Report of the Municipal Commissioner on the plague in Bombay for the year ending 31st May... - Volume 2
Disease focus: Plague
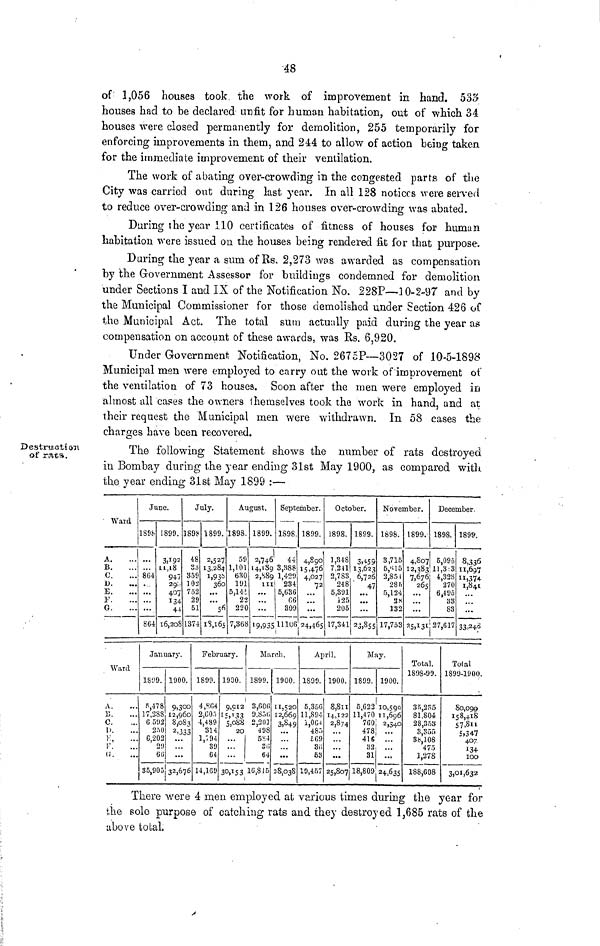
48
of 1,056 houses took the work of improvement in hand. 533
houses had to be declared unfit for human habitation, out of which 34
houses were closed permanently for demolition, 255 temporarily for
enforcing improvements in them, and 244 to allow of action being taken
for the immediate improvement of their ventilation.
The work of abating over-crowding in the congested parts of the
City was carried out during last year. In all 128 notices were served
to reduce over-crowding and in 126 houses over-crowding was abated.
During the year 110 certificates of fitness of houses for human
habitation were issued on the houses being rendered fit for that purpose.
During the year a sum of Rs. 2,273 was awarded as compensation
by the Government Assessor for buildings condemned for demolition
under Sections I and IX of the Notification No. 228P—10-2-97 and by
the Municipal Commissioner for those demolished under Section 426 of
the Municipal Act. The total sum actually paid during the year as
compensation on account of these awards, was Rs. 6,920.
Under Government Notification, No. 2675P—3027 of 10-5-1898
Municipal men were employed to carry out the work of improvement of
the ventilation of 73 houses. Soon after the men were employed in
almost all cases the owners themselves took the work in hand, and at
their request the Municipal men were withdrawn. In 58 cases the
charges have been recovered.
Destruct ion
of rats.
The following Statement shows the number of rats destroyed
in Bombay during the year ending 31st May 1900, as compared with
the year ending 31st May 1899 :—
Ward
A.
B.
0.
1).
E.
l·'.
G.
Ward
A.
li.
C.
l>.
K,
r.
u.
June.
1898.
...
864
...
804
1899.
3,192
11,18
947
29;,
407
134
44
16,208
July.
1898
48
83
359
102
752
29
51
1374
January,
1809.
R,478
17,288
6 592
250
6,202
21)
CD
35,905
1900.
9,300
12,960
8,083
2 =333
:::
32,675
1899.
2,527
13.284
i,93i>
360
"'s*
18,165
August.
1898.
59
1,101
680
191
5,14:
22
220
7,368
February.
1899.
4,S(54
2,605
4,489
314
1,794
89
64
14,160
1900.
I
9.CI2
i*¿33
5,088
20
30,153 ι
1899.
2,746
14*189
2,S8 9
III
September.
1898.
«
3,888
1,429
I
234
5,ÜS6
06
309
19,93511106
1
March.
1899.
3,606
9,8Γ)ΐ;
2,201
498
5S4
Sl¡
64
16,8-15
1900.
11,520
12,669
3849
28,038
1899.
4,890
15 >4?6
4,027
72
24,465
October.
1898.
Ί,348
7.2U
2,783
248
5,391
i 25
205
17,341
April.
1899.
5,356
11,894
1,004
480
£69
S Γ;
63
19,457
1900.
8,811
14,122
2,874
25,807
1899.
3,459
13,623
6,726
47
··»
23,855
November.
1898.
3,715
5,'Π5
2,851
28ft
5,124
2H
132
17,753
May.
1899.
5,622
11,470
760
478
415
82
31
18,809
1900.
I0.59Q
1 1 ,696
2
ι34θ
...
24;Ö3S
1899.
4,807
12,383
7,676
265
25,131
December.
1898.
6,095
11.3:3
*',838
270
6,495
38
83
27,617
Total.
1898-99.
35,285
81,804
28,853
3,855
3b,10S
475
1,278
188,608
1899.
8,336
11,697
ii,374
i,8 4 c
33,24?
Total
1899-1900
80,099
158,418
57-811
5,347
407
134
IOO
3ι<»,632
There were 4 men employed at various times during the year for
the solo purpose of catching rats and they destroyed 1,685 rats of the
above total,